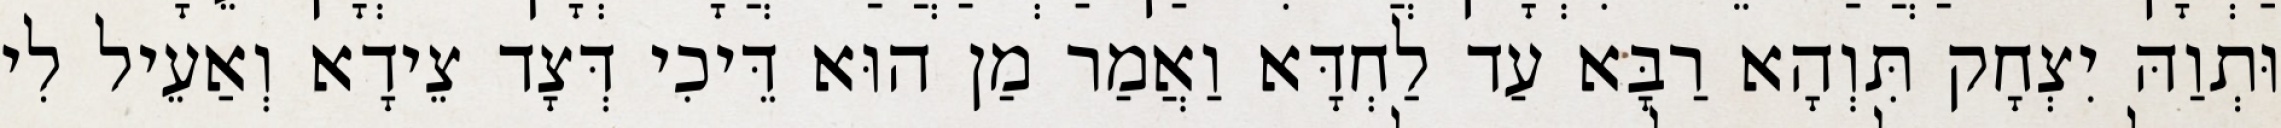
וּתְוַהּ יִצְחָק תִּוְהָא רַבָּא עַד לַחְדָּא וַאֲמַר מַן הוּא דֵּיכִי דְּצָד צֵידָא וְאַעֵיל לִי